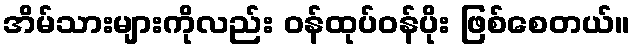
အိမ်သားများကိုလည်း ဝန်ထုပ်ဝန်ပိုး ဖြစ်စေတယ်။